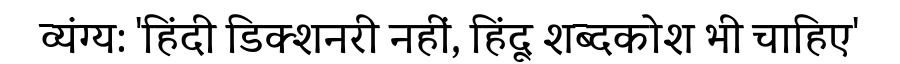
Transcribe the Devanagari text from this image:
व्यंग्य: 'हिंदी डिक्शनरी नहीं, हिंदू शब्दकोश भी चाहिए'